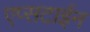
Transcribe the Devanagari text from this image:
एप्सटाईन